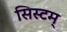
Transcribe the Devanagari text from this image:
सिस्टम्